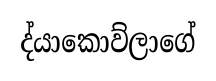
ද්යාකොව්ලාගේ